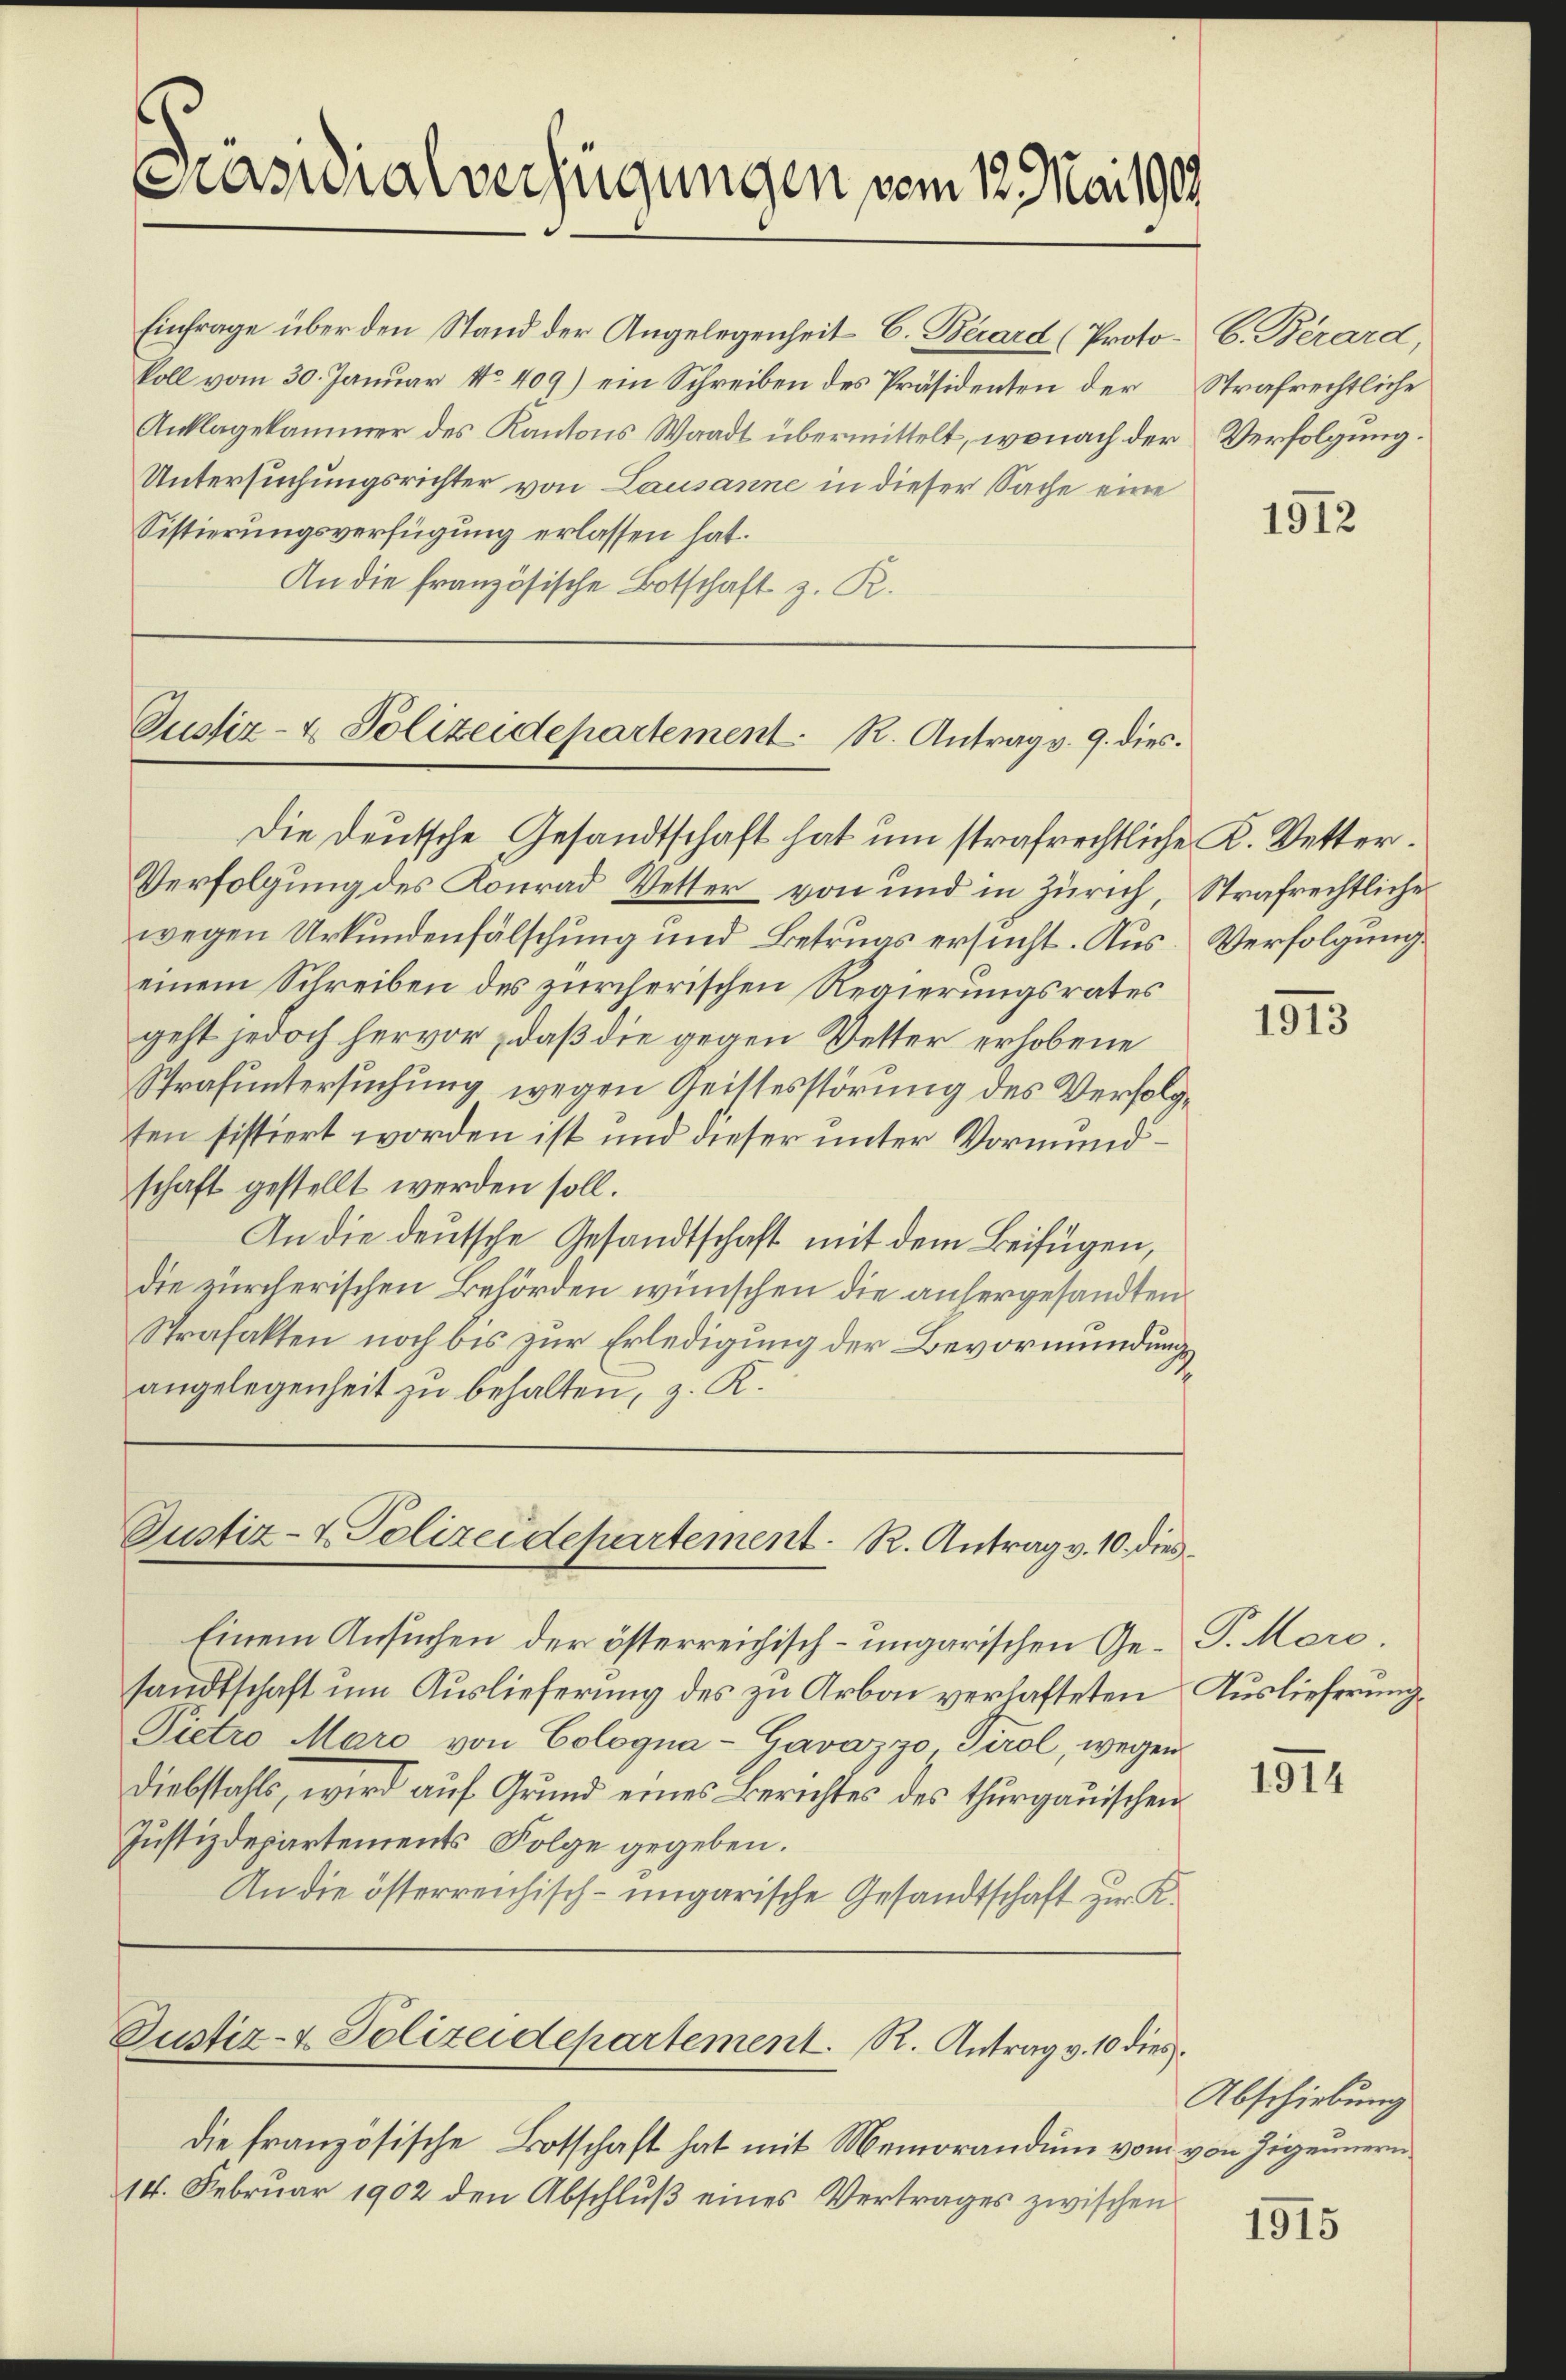
Masialverfügungen vom 12. Mai 1909

Einfrage über den Stand der Angelegenheit C. Beard (Proto- 6. Berard,
koll vom 30. Januar No 409) ein Schreiben des Präsidenten der Strafrechtliche
Anklagekammer des Kantons Waadt übermittelt, wonach der Verfolgung.
Untersuchungsrichter von Lausanne in dieser Sache eine
Sistierungsverfügung erlassen hat.
An die französische Botschaft z. R.

Justiz- & Polizeidepartement. R. Antrag v. 9. dies
Die Deutsche Gesandtschaft hat um strafrechtliche K. Vetter¬

Verfolgung des Konrad Wetter von und in Zürich, Strafrechtliche
wegen Urkundenfälschung und Betrugs ersucht. Aus Verfolgung
einem Schreiben des zürcherischen Regierungsrates
geht jedoch hervor, daß die gegen Vetter erhobene
Strafuntersuchung wegen Geistesstörung des Verfolgten sistiert worden ist und dieser unter Vormundschaft gestellt werden soll.
An die deutsche Gesandtschaft mit dem Beifügen,
die zürcherischen Behörden wünschen die anhergesandten
Strafakten noch bis zur Erledigung der Bevormundungsangelegenheit zu behalten, z. R.

Einem Ansuchen der österreichisch-ungarischen Ge- P. Mord
sandtschaft um Auslieferung des zu Arbei verhafteten Auslieferung
Pietro Maro von Cologna-Gavazzo Tirol, wegen
Diebstahls, wird auf Grund eines Berichtes des Thurgauischen
Justizdepartements Folge gegeben.
An die österreichisch-ungarische Gesandtschaft zur K

die französische Botschaft hat mit Memorandum vom
14. Februar 1902 den Abschlŭβ eines Vertrages zwischen

Justiz- & Polizeidepartement. R. Antrag v. 10. dies

Justiz- & Polizeidepartement. R. Antrag v. 10 dies

1912

1913

1914

Abschiebung
von Gegennern

1915